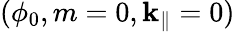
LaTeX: (\phi_{0},m=0,\mathbf{k}_{\parallel}=0)